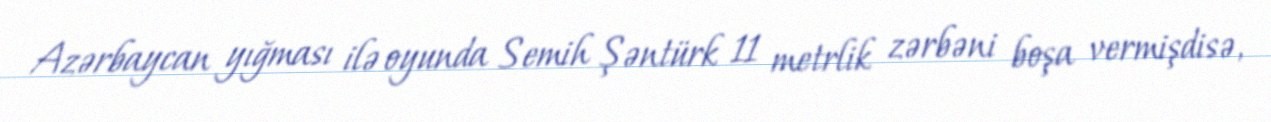
Azərbaycan yığması ilə oyunda Semih Şəntürk 11 metrlik zərbəni boşa vermişdisə,